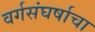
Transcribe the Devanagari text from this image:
वर्गसंघर्षाचा